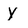
Character: Y